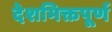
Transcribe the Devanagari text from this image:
देशभिक्तपूर्ण